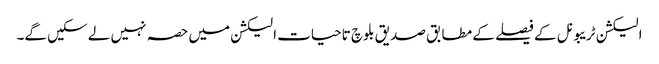
الیکشن ٹریبونل کے فیصلے کے مطابق صدیق بلوچ تاحیات الیکشن میں حصہ نہیں لے سکیں گے۔